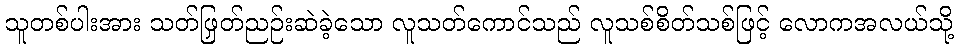
သူတစ်ပါးအား သတ်ဖြတ်ညှဉ်းဆဲခဲ့သော လူသတ်ကောင်သည် လူသစ်စိတ်သစ်ဖြင့် လောကအလယ်သို့